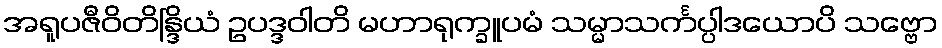
အရူပဇီဝိတိန္ဒြိယံ ဥပဒ္ဒဝါတိ မဟာရုက္ခူပမံ သမ္မာသင်္ကပ္ပါဒယောပိ သဗ္ဗော